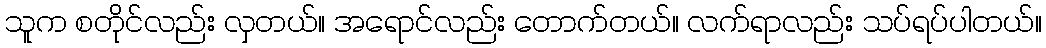
သူက စတိုင်လည်း လှတယ်။ အရောင်လည်း တောက်တယ်။ လက်ရာလည်း သပ်ရပ်ပါတယ်။